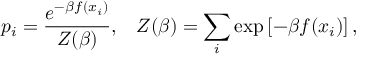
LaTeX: p _ { i } = { \frac { e ^ { - \beta f ( x _ { i } ) } } { Z ( \beta ) } } , \, \, \, \, \, Z ( \beta ) = \sum _ { i } { \exp \left[ { - \beta f ( x _ { i } ) } \right] , }